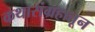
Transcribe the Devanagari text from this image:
कथासंग्रहातून